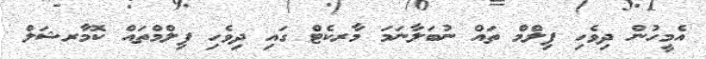
އެމީހުން ދިވެހި ފިލްމް ތައް ނުބަލާނަމަ މާރކެޓް ގައި ދިވެހި ފިލްމްތައް ކޮމާރޝަލް